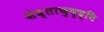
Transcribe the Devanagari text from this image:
शेव्ताणुवृद्धि